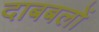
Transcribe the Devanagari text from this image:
दाबबलों